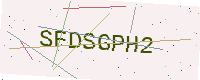
Text: SFDSGPH2